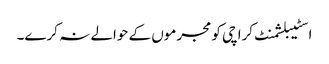
اسٹیبلشمنٹ کراچی کو مجرموں کے حوالے نہ کرے۔